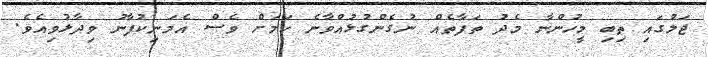
ޖަލުގައި ތިބި މީހުންނާ މެދު ތަފާތެއް ނުގެންގުޅުއްވާނެ ކަމަށް ވެސް އެމަނިކުފާނު ވިދާޅުވިއެވެ.